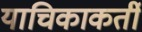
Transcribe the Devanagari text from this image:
याचिकाकर्ती